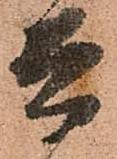
兵